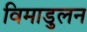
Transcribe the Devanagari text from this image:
विमाडुलन